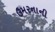
ઉમરનાની